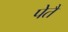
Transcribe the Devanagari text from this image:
पेतैं